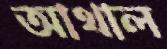
আথাল